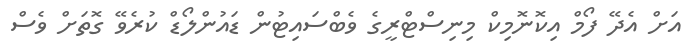
އަށް އެދޭ ފޯމް އިކޮނޮމިކް މިނިސްޓްރީގެ ވެބްސައިޓުން ޑައުންލޯޑް ކުރެވޭ ގޮތަށް ވެސް